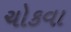
ચોકવા